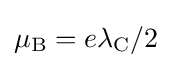
\mu _{\rm {B}}=e\lambda _{\rm {C}}/2